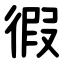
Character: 徦